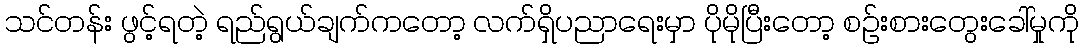
သင်တန်း ဖွင့်ရတဲ့ ရည်ရွယ်ချက်ကတော့ လက်ရှိပညာရေးမှာ ပိုမိုပြီးတော့ စဉ်းစားတွေးခေါ်မှုကို